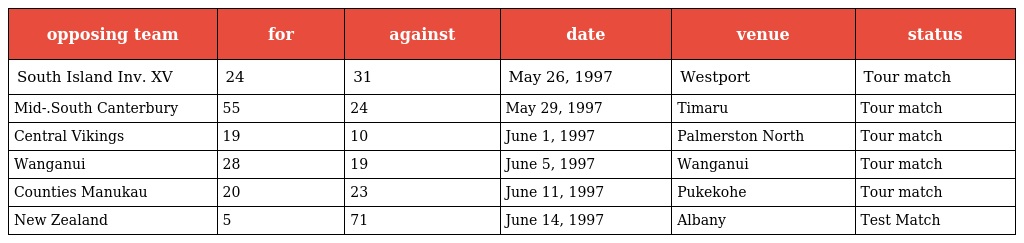
| opposing team | for | against | date | venue | status |
 | --- | --- | --- | --- | --- | --- |
 | South Island Inv. XV | 24 | 31 | May 26, 1997 | Westport | Tour match |
 | Mid-.South Canterbury | 55 | 24 | May 29, 1997 | Timaru | Tour match |
 | Central Vikings | 19 | 10 | June 1, 1997 | Palmerston North | Tour match |
 | Wanganui | 28 | 19 | June 5, 1997 | Wanganui | Tour match |
 | Counties Manukau | 20 | 23 | June 11, 1997 | Pukekohe | Tour match |
 | New Zealand | 5 | 71 | June 14, 1997 | Albany | Test Match |